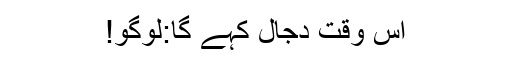
اس وقت دجال کہے گا:لوگو!